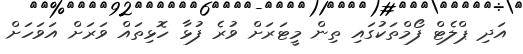
އަދި ޕްލެޓް ފޯމްތަކުގައި ތިން މީޓަރަށް ވުރެ ފުޅާ ހޮޅިތައް ވަރަށް އަވަހަށް